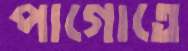
পাগোতে